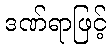
ဒဏ်ရာဖြင့်